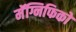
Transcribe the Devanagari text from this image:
मॅग्निफिको